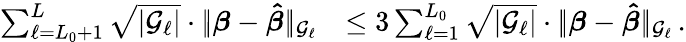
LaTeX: \begin{array}{rl}{\sum_{\ell=L_{0}+1}^{L}\sqrt{|{\mathcal G}_{\ell}|}\cdot|\! |\boldsymbol{\beta}-\boldsymbol{\hat{\beta}}|\! |_{{\mathcal G}_{\ell}}}&{\leq 3\sum_{\ell=1}^{L_{0}}\sqrt{|{\mathcal G}_{\ell}|}\cdot|\! |\boldsymbol{\beta}-\boldsymbol{\hat{\beta}}|\! |_{{\mathcal G}_{\ell}}\, .}\end{array}